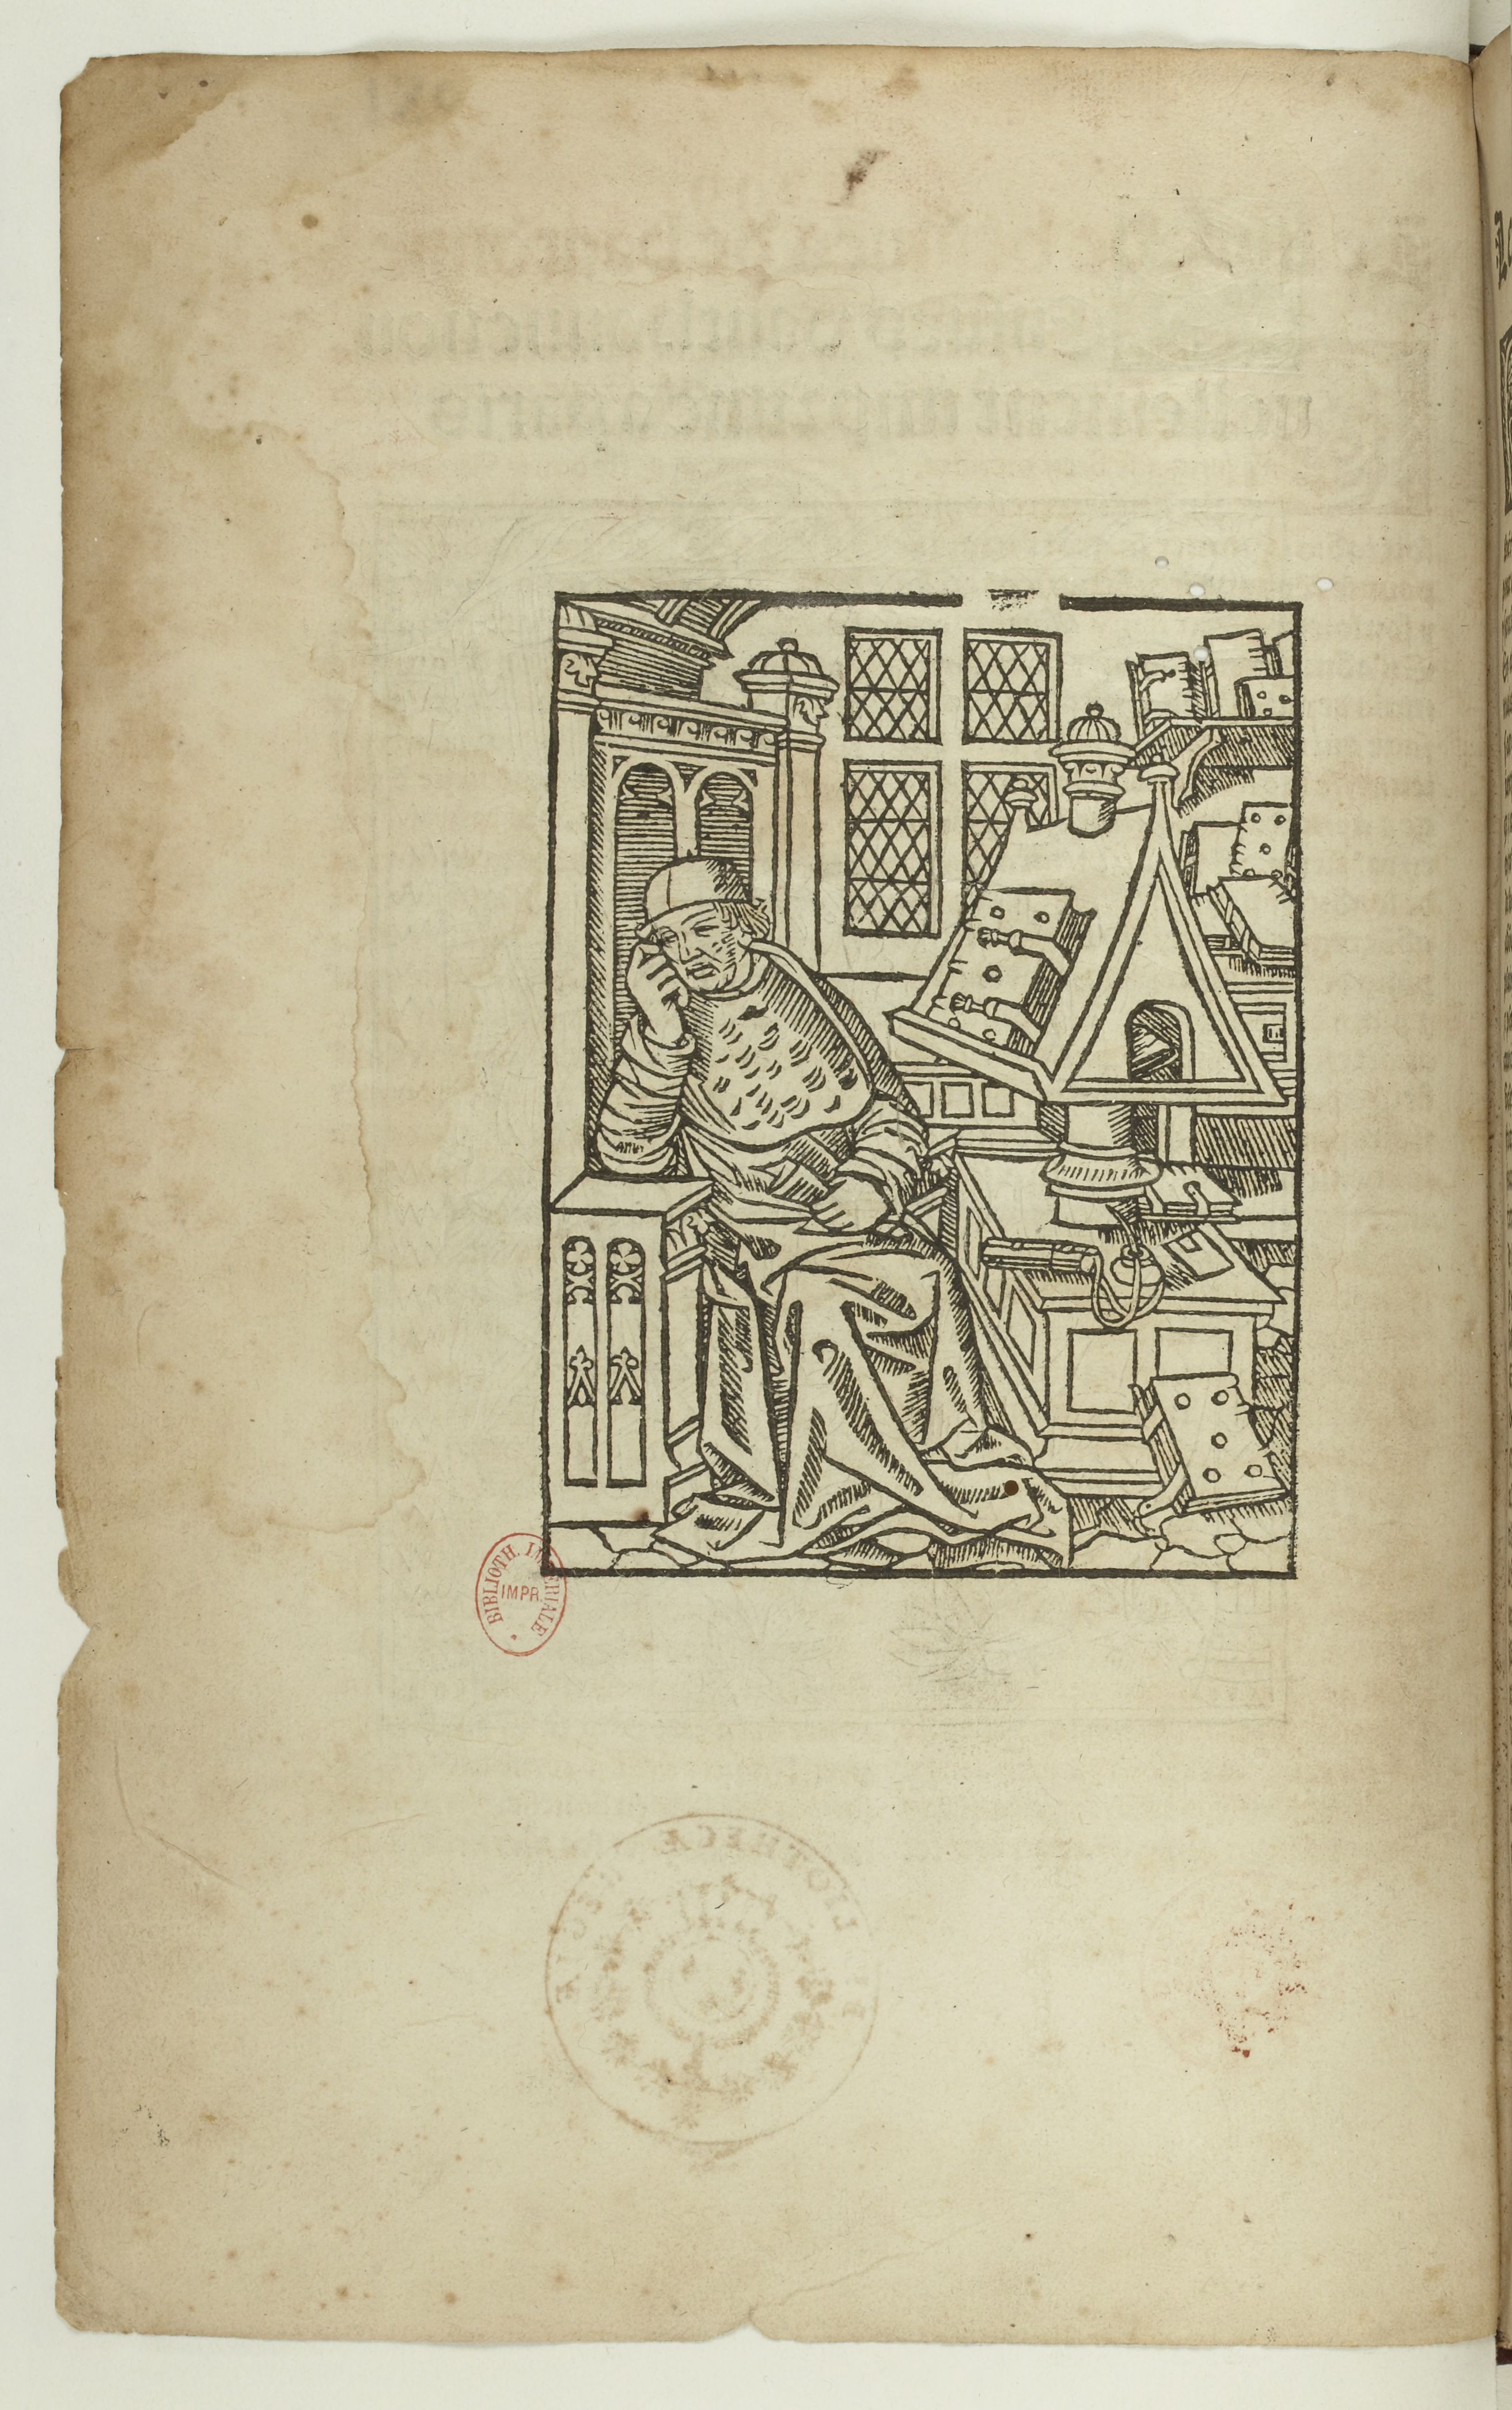
Shelfmark: Paris, BnF, Rés. Y2-674
Century: 16